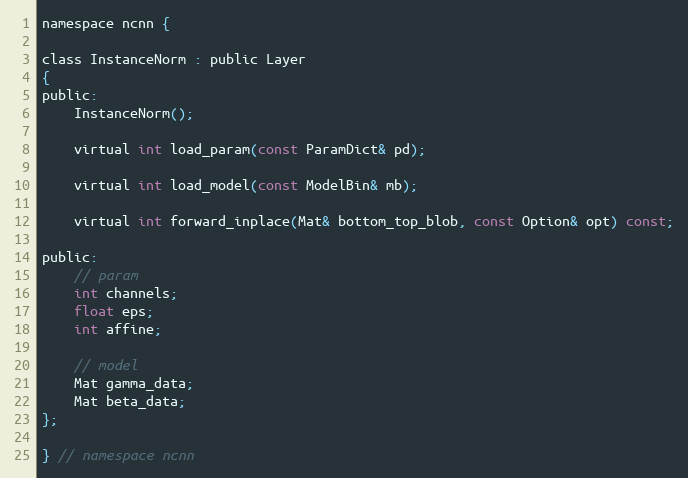
Language: C
namespace ncnn {

class InstanceNorm : public Layer
{
public:
    InstanceNorm();

    virtual int load_param(const ParamDict& pd);

    virtual int load_model(const ModelBin& mb);

    virtual int forward_inplace(Mat& bottom_top_blob, const Option& opt) const;

public:
    // param
    int channels;
    float eps;
    int affine;

    // model
    Mat gamma_data;
    Mat beta_data;
};

} // namespace ncnn